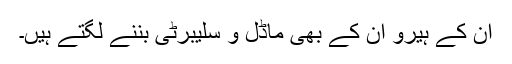
اُن کے ہیرو اِن کے بھی ماڈل و سلیبرٹی بننے لگتے ہیں۔